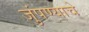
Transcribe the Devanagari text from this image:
जुंपण्याचे